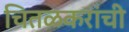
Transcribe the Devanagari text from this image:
चितळकरांची